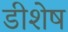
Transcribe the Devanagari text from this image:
डीशेष